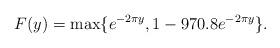
LaTeX: \begin{align*}F(y)=\max\{e^{-2\pi y}, 1-970.8 e^{-2\pi y}\}.\end{align*}